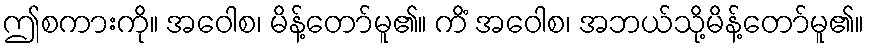
ဤစကားကို။ အဝေါစ၊ မိန့်တော်မူ၏။ ကိံ အဝေါစ၊ အဘယ်သို့မိန့်တော်မူ၏။